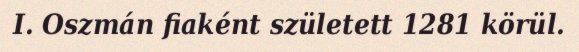
I. Oszmán fiaként született 1281 körül.